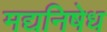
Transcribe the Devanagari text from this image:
मद्यनिषेध